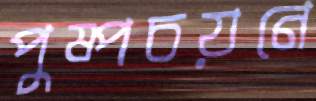
পুষ্পচয়নে